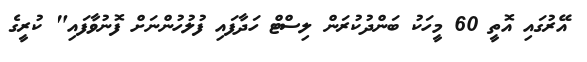
އޭރުގައި އޮތީ 60 މީހަކު ބަންދުކުރަން ލިސްޓް ހަދާފައި ފުލުހުންނަށް ފޮނުވާފައި" ކުރީގެ